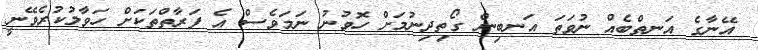
އޭނާގެ އަނތްބެއް ނުވަތަ އަނބިން ގޯތިދިނުމަށް ހޮވުނު ނަމަވެސް އެ ފަރާތްތަކަށް ހަވާލުކުރެވޭނީ